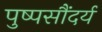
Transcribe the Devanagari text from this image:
पुष्पसौंदर्य